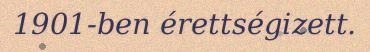
1901-ben érettségizett.